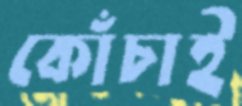
কোঁচাই